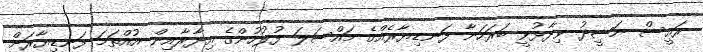
ރައީސް ނަޝީދު ވިދާޅުވީ ބަރަހަނާ ފަނޑިޔާރެއްގެ މައްސަލަ ފުލުހުންގެ އިދާރާއިން އުއްތަމަ ފަނޑިޔާރަށް